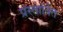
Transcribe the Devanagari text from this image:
प्रस्‍तावित